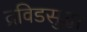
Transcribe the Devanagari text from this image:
द्रविडसुद्धा